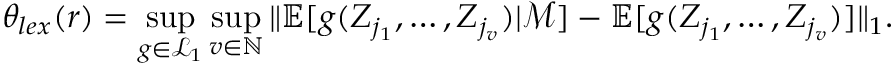
\theta _ { l e x } ( r ) = \operatorname* { s u p } _ { g \in \mathcal { L } _ { 1 } } \operatorname* { s u p } _ { v \in \mathbb { N } } \| \mathbb { E } [ g ( \boldsymbol { Z } _ { j _ { 1 } } , \ldots , \boldsymbol { Z } _ { j _ { v } } ) | \mathcal { M } ] - \mathbb { E } [ g ( \boldsymbol { Z } _ { j _ { 1 } } , \ldots , \boldsymbol { Z } _ { j _ { v } } ) ] \| _ { 1 } .